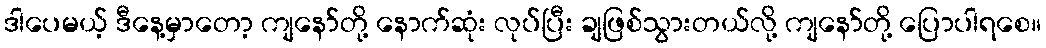
ဒါပေမယ့် ဒီနေ့မှာတော့ ကျနော်တို့ နောက်ဆုံး လုပ်ပြီး ချဖြစ်သွားတယ်လို့ ကျနော်တို့ ပြောပါရစေ။